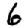
Digit: 6